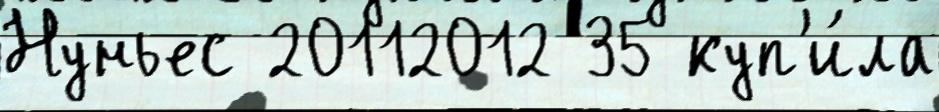
Нуньес 20112012 35 куп'и́ла